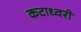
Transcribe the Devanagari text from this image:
कटाध्वरी